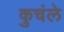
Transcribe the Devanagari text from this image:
कुचंले